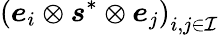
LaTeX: \left(\boldsymbol{e}_{i}\otimes\boldsymbol{s}^{*}\otimes\boldsymbol{e}_{j}\right)_{i,j\in\mathcal{I}}